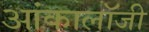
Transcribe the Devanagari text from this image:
आंकालॉजी